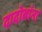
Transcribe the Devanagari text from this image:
दादोबांना